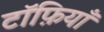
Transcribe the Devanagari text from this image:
टॉफ़ियाँ